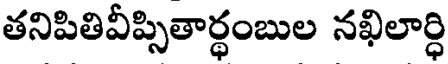
తనిపితివీప్సితార్థంబుల నఖిలార్ధి